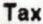
TAX